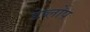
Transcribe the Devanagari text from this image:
डेव्लोप